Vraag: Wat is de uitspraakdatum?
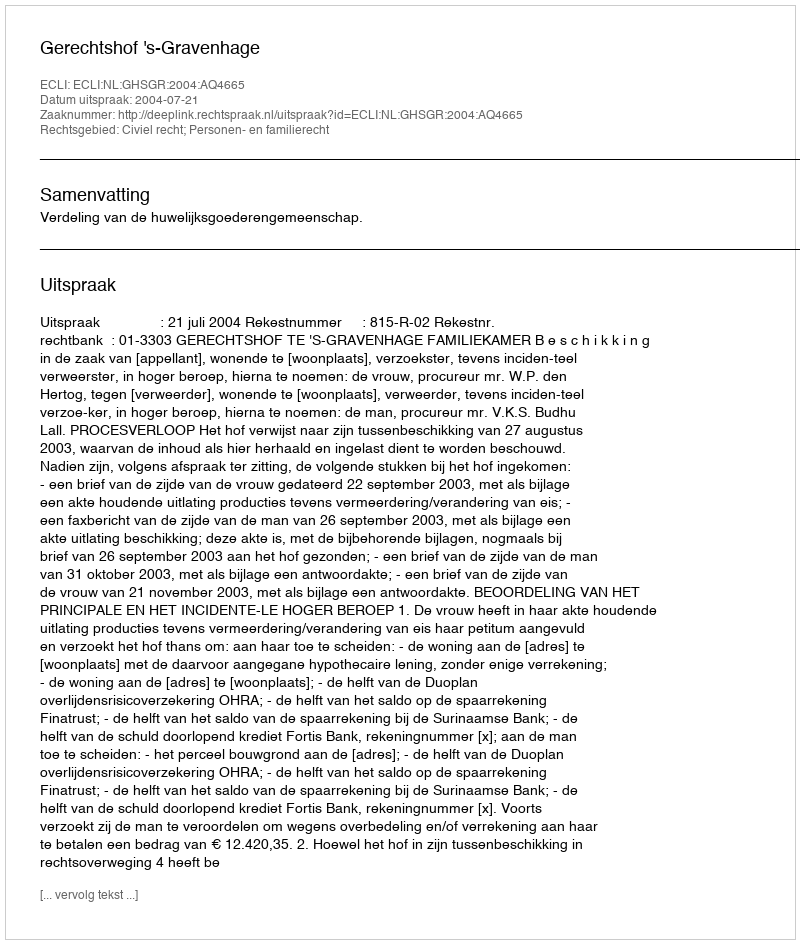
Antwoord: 2004-07-21